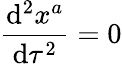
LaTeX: {\frac{\mathrm{d}^{2}x^{a}}{\mathrm{d}\tau^{2}}}=0